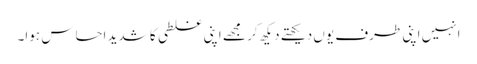
انہیں اپنی طرف یوں دیکھتے دیکھ کر مجھے اپنی غلطی کا شدید احساس ہوا۔